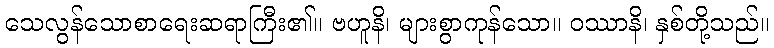
သေလွန်သောစာရေးဆရာကြီး၏။ ဗဟူနိ၊ များစွာကုန်သော။ ဝဿာနိ၊ နှစ်တို့သည်။